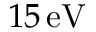
1 5 \, \mathrm { e V }